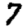
Digit: 7